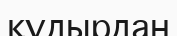
құдырдан